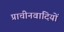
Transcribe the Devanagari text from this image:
प्राचीनवादियों